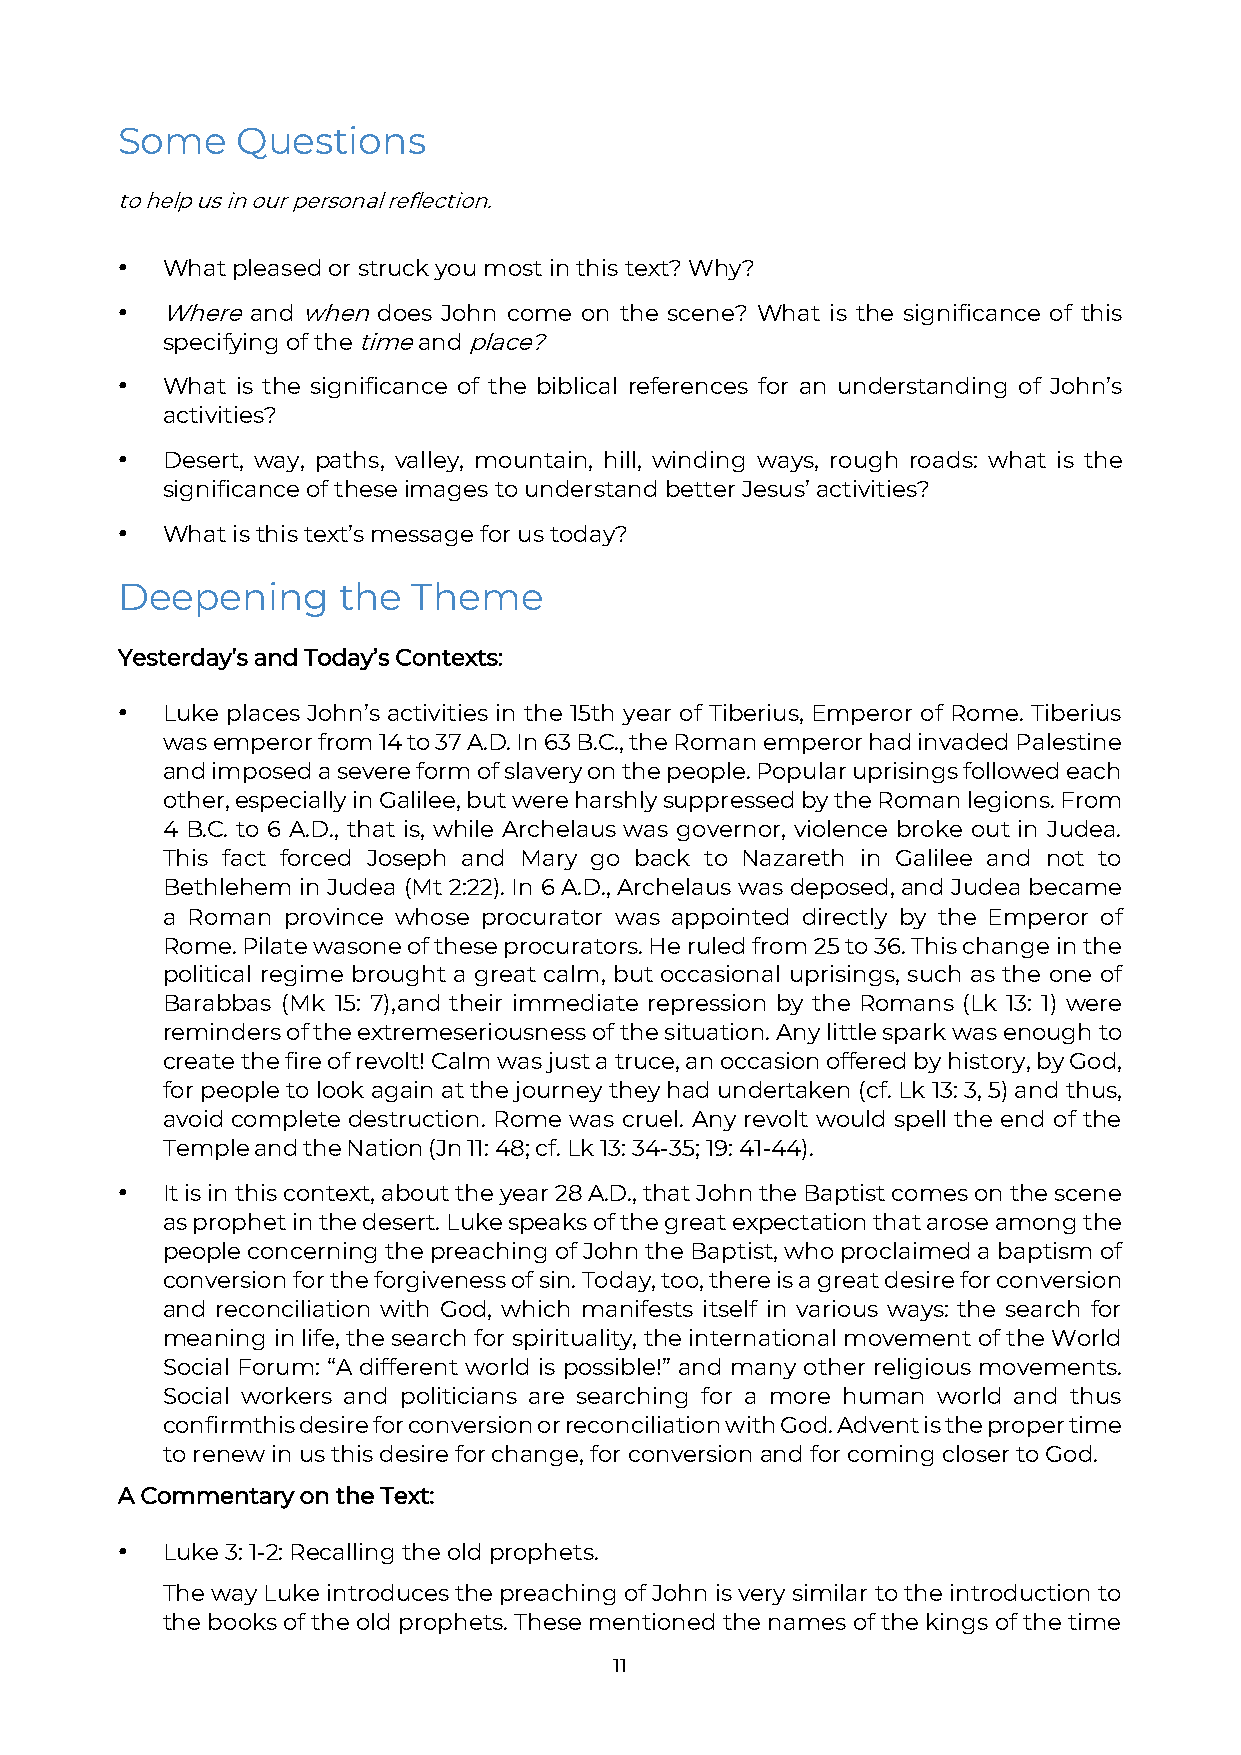
Some    Questions
 to help us in our personal reflection.
 •  What pleased or struck you most in this text? Why?
 •  Where and when does John come on the scene? What is the significance of this
 specifying of the time and place?
 •  What is the significance of the biblical references for an understanding of John’s
 activities?
 •  Desert, way, paths, valley, mountain, hill, winding ways, rough roads: what is the
 significance of these images to understand better Jesus’ activities?
 •  What is this text’s message for us today?
 Deepening     the  Theme
 Yesterday’s and Today’s Contexts:
 •  Luke places John’s activities in the 15th year of Tiberius, Emperor of Rome. Tiberius
 was emperor from 14 to 37 A.D. In 63 B.C., the Roman emperor had invaded Palestine
 and imposed a severe form of slavery on the people. Popular uprisings followed each
 other, especially in Galilee, but were harshly suppressed by the Roman legions. From
 4 B.C. to 6 A.D., that is, while Archelaus was governor, violence broke out in Judea.
 This fact forced Joseph and Mary go back to Nazareth in Galilee and not to
 Bethlehem in Judea (Mt 2:22). In 6 A.D., Archelaus was deposed, and Judea became
 a Roman province whose procurator was appointed directly by the Emperor of
 Rome. Pilate was one of these procurators. He ruled from 25 to 36. This change in the
 political regime brought a great calm, but occasional uprisings, such as the one of
 Barabbas (Mk 15: 7), and their immediate repression by the Romans (Lk 13: 1) were
 reminders of the extreme seriousness of the situation. Any little spark was enough to
 create the fire of revolt! Calm was just a truce, an occasion offered by history, by God,
 for people to look again at the journey they had undertaken (cf. Lk 13: 3, 5) and thus,
 avoid complete destruction. Rome was cruel. Any revolt would spell the end of the
 Temple and the Nation (Jn 11: 48; cf. Lk 13: 34-35; 19: 41-44).
 •  It is in this context, about the year 28 A.D., that John the Baptist comes on the scene
 as prophet in the desert. Luke speaks of the great expectation that arose among the
 people concerning the preaching of John the Baptist, who proclaimed a baptism of
 conversion for the forgiveness of sin. Today, too, there is a great desire for conversion
 and reconciliation with God, which manifests itself in various ways: the search for
 meaning in life, the search for spirituality, the international movement of the World
 Social Forum: “A different world is possible!” and many other religious movements.
 Social workers and politicians are searching for a more human world and thus
 confirm this desire for conversion or reconciliation with God. Advent is the proper time
 to renew in us this desire for change, for conversion and for coming closer to God.
 A Commentary on the Text:
 •  Luke 3: 1-2: Recalling the old prophets.
 The way Luke introduces the preaching of John is very similar to the introduction to
 the books of the old prophets. These mentioned the names of the kings of the time
 11